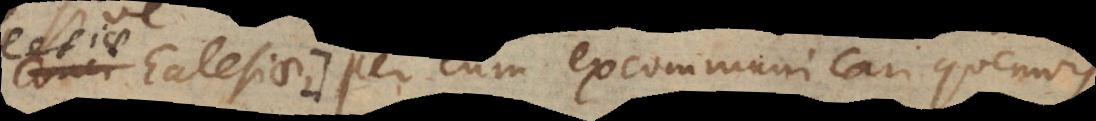
Ecclesiae, per eum excommunicari quemvis